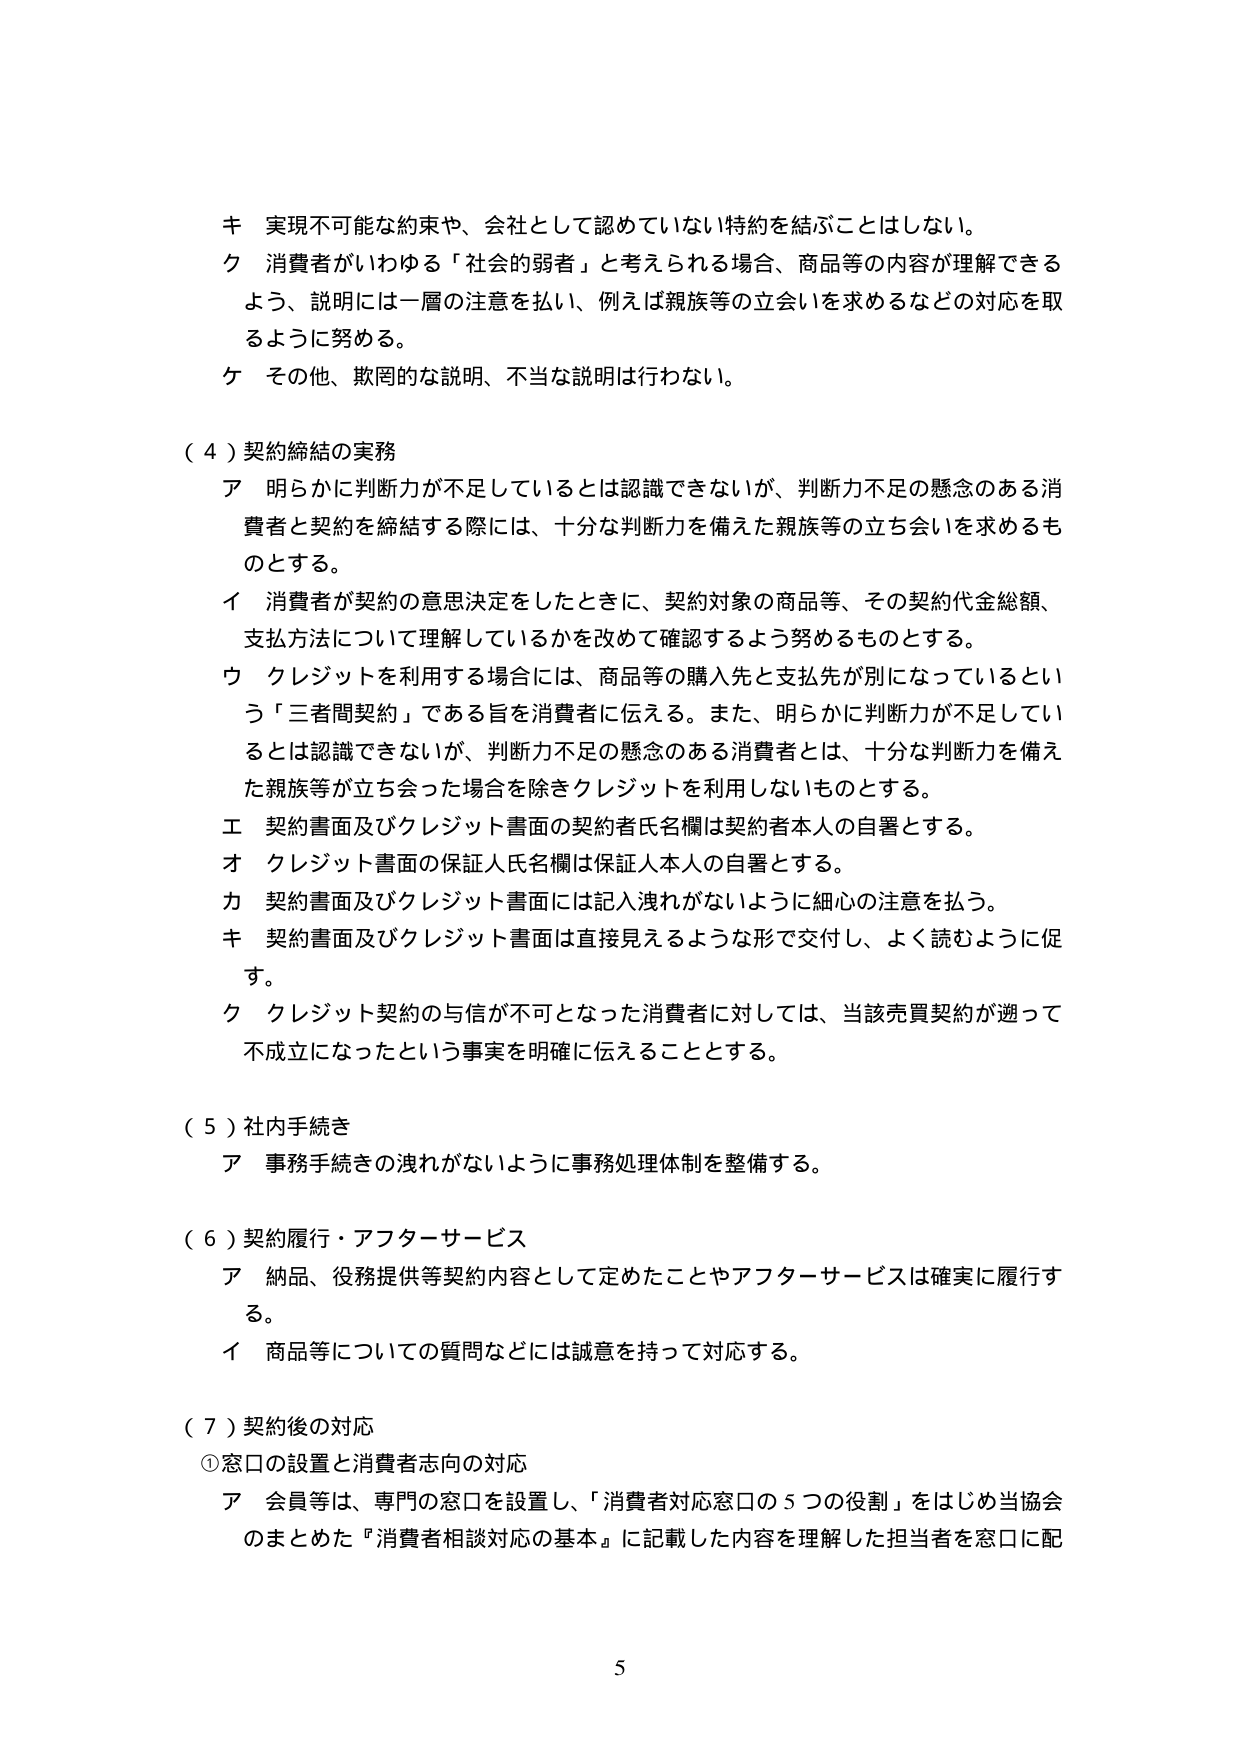
キ 実現不可能な約束や、会社として認めていない特約を結ぶことはしない。
ク 消費者がいわゆる「社会的弱者」と考えられる場合、商品等の内容が理解できるよう、説明には一層の注意を払い、例えば親族等の立会いを求めるなどの対応を取るように努める。
ケ その他、欺罔的な説明、不当な説明は行わない。

（４）契約締結の実務
ア 明らかに判断力が不足しているとは認識できないが、判断力不足の懸念のある消費者と契約を締結する際には、十分な判断力を備えた親族等の立会いを求めるものとする。
イ 消費者が契約の意思決定をしたときに、契約対象の商品等、その契約代金総額、支払方法について理解しているかを改めて確認するよう努めるものとする。
ウ クレジットを利用する場合には、商品等の購入先と支払先が別になっているという「三者間契約」である旨を消費者に伝える。また、明らかに判断力が不足しているとは認識できないが、判断力不足の懸念のある消費者とは、十分な判断力を備えた親族等が立ち会った場合を除きクレジットを利用しないものとする。
エ 契約書面及びクレジット書面の契約者氏名欄は契約者本人の自署とする。
オ クレジット書面の保証人氏名欄は保証人本人の自署とする。
カ 契約書面及びクレジット書面には記入洩れがないように細心の注意を払う。
キ 契約書面及びクレジット書面は直接見えるような形で交付し、よく読むように促す。
ク クレジット契約の与信が不可となった消費者に対しては、当該売買契約が遡って不成立になったという事実を明確に伝えることとする。

（５）社内手続き
ア 事務手続きの洩れがないように事務処理体制を整備する。

（６）契約履行・アフターサービス
ア 納品、役務提供等契約内容として定めたことやアフターサービスは確実に履行する。
イ 商品等についての質問などには誠意を持って対応する。

（７）契約後の対応
①窓口の設置と消費者志向の対応
ア 会員等は、専門の窓口を設置し、「消費者対応窓口の５つの役割」をはじめ当協会のまとめた『消費者相談対応の基本』に記載した内容を理解した担当者を窓口に配

5